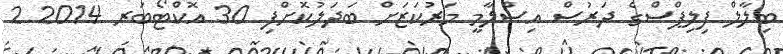
ބިލާލް ފިލިޕްސްގެ ދަރުސް އިސްލާމީ މަރުކަޒަށް ބަދަލުކޮށްފި 30 އޮކްޓޯބަރ 2014 2